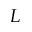
L